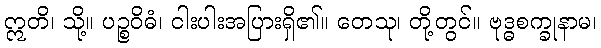
ဣတိ၊ သို့။ ပဉ္စဝိဓံ၊ ငါးပါးအပြားရှိ၏။ တေသု၊ တို့တွင်။ ဗုဒ္ဓစက္ခုနာမ၊